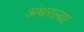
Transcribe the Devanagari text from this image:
अंथरल्या